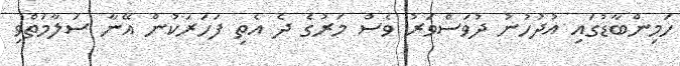
ހަމިންބާޑުގައި އުދުހުނު ދުވަސްވަރު ވެސް މަރުގެ ދެ އެތި ފަހަރަކުން އޭނާ ސަލާމަތްވި